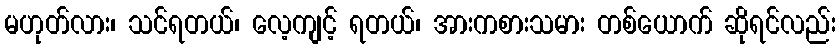
မဟုတ်လား၊ သင်ရတယ်၊ လေ့ကျင့် ရတယ်၊ အားကစားသမား တစ်ယောက် ဆိုရင်လည်း